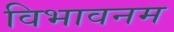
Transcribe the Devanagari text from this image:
विभावनम